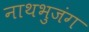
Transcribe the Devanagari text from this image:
नाथभुजंग